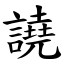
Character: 譊